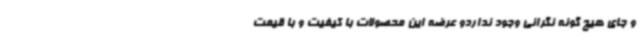
و جای هیچ گونه نگرانی وجود نداردو عرضه این محصولات با کیفیت و با قیمت